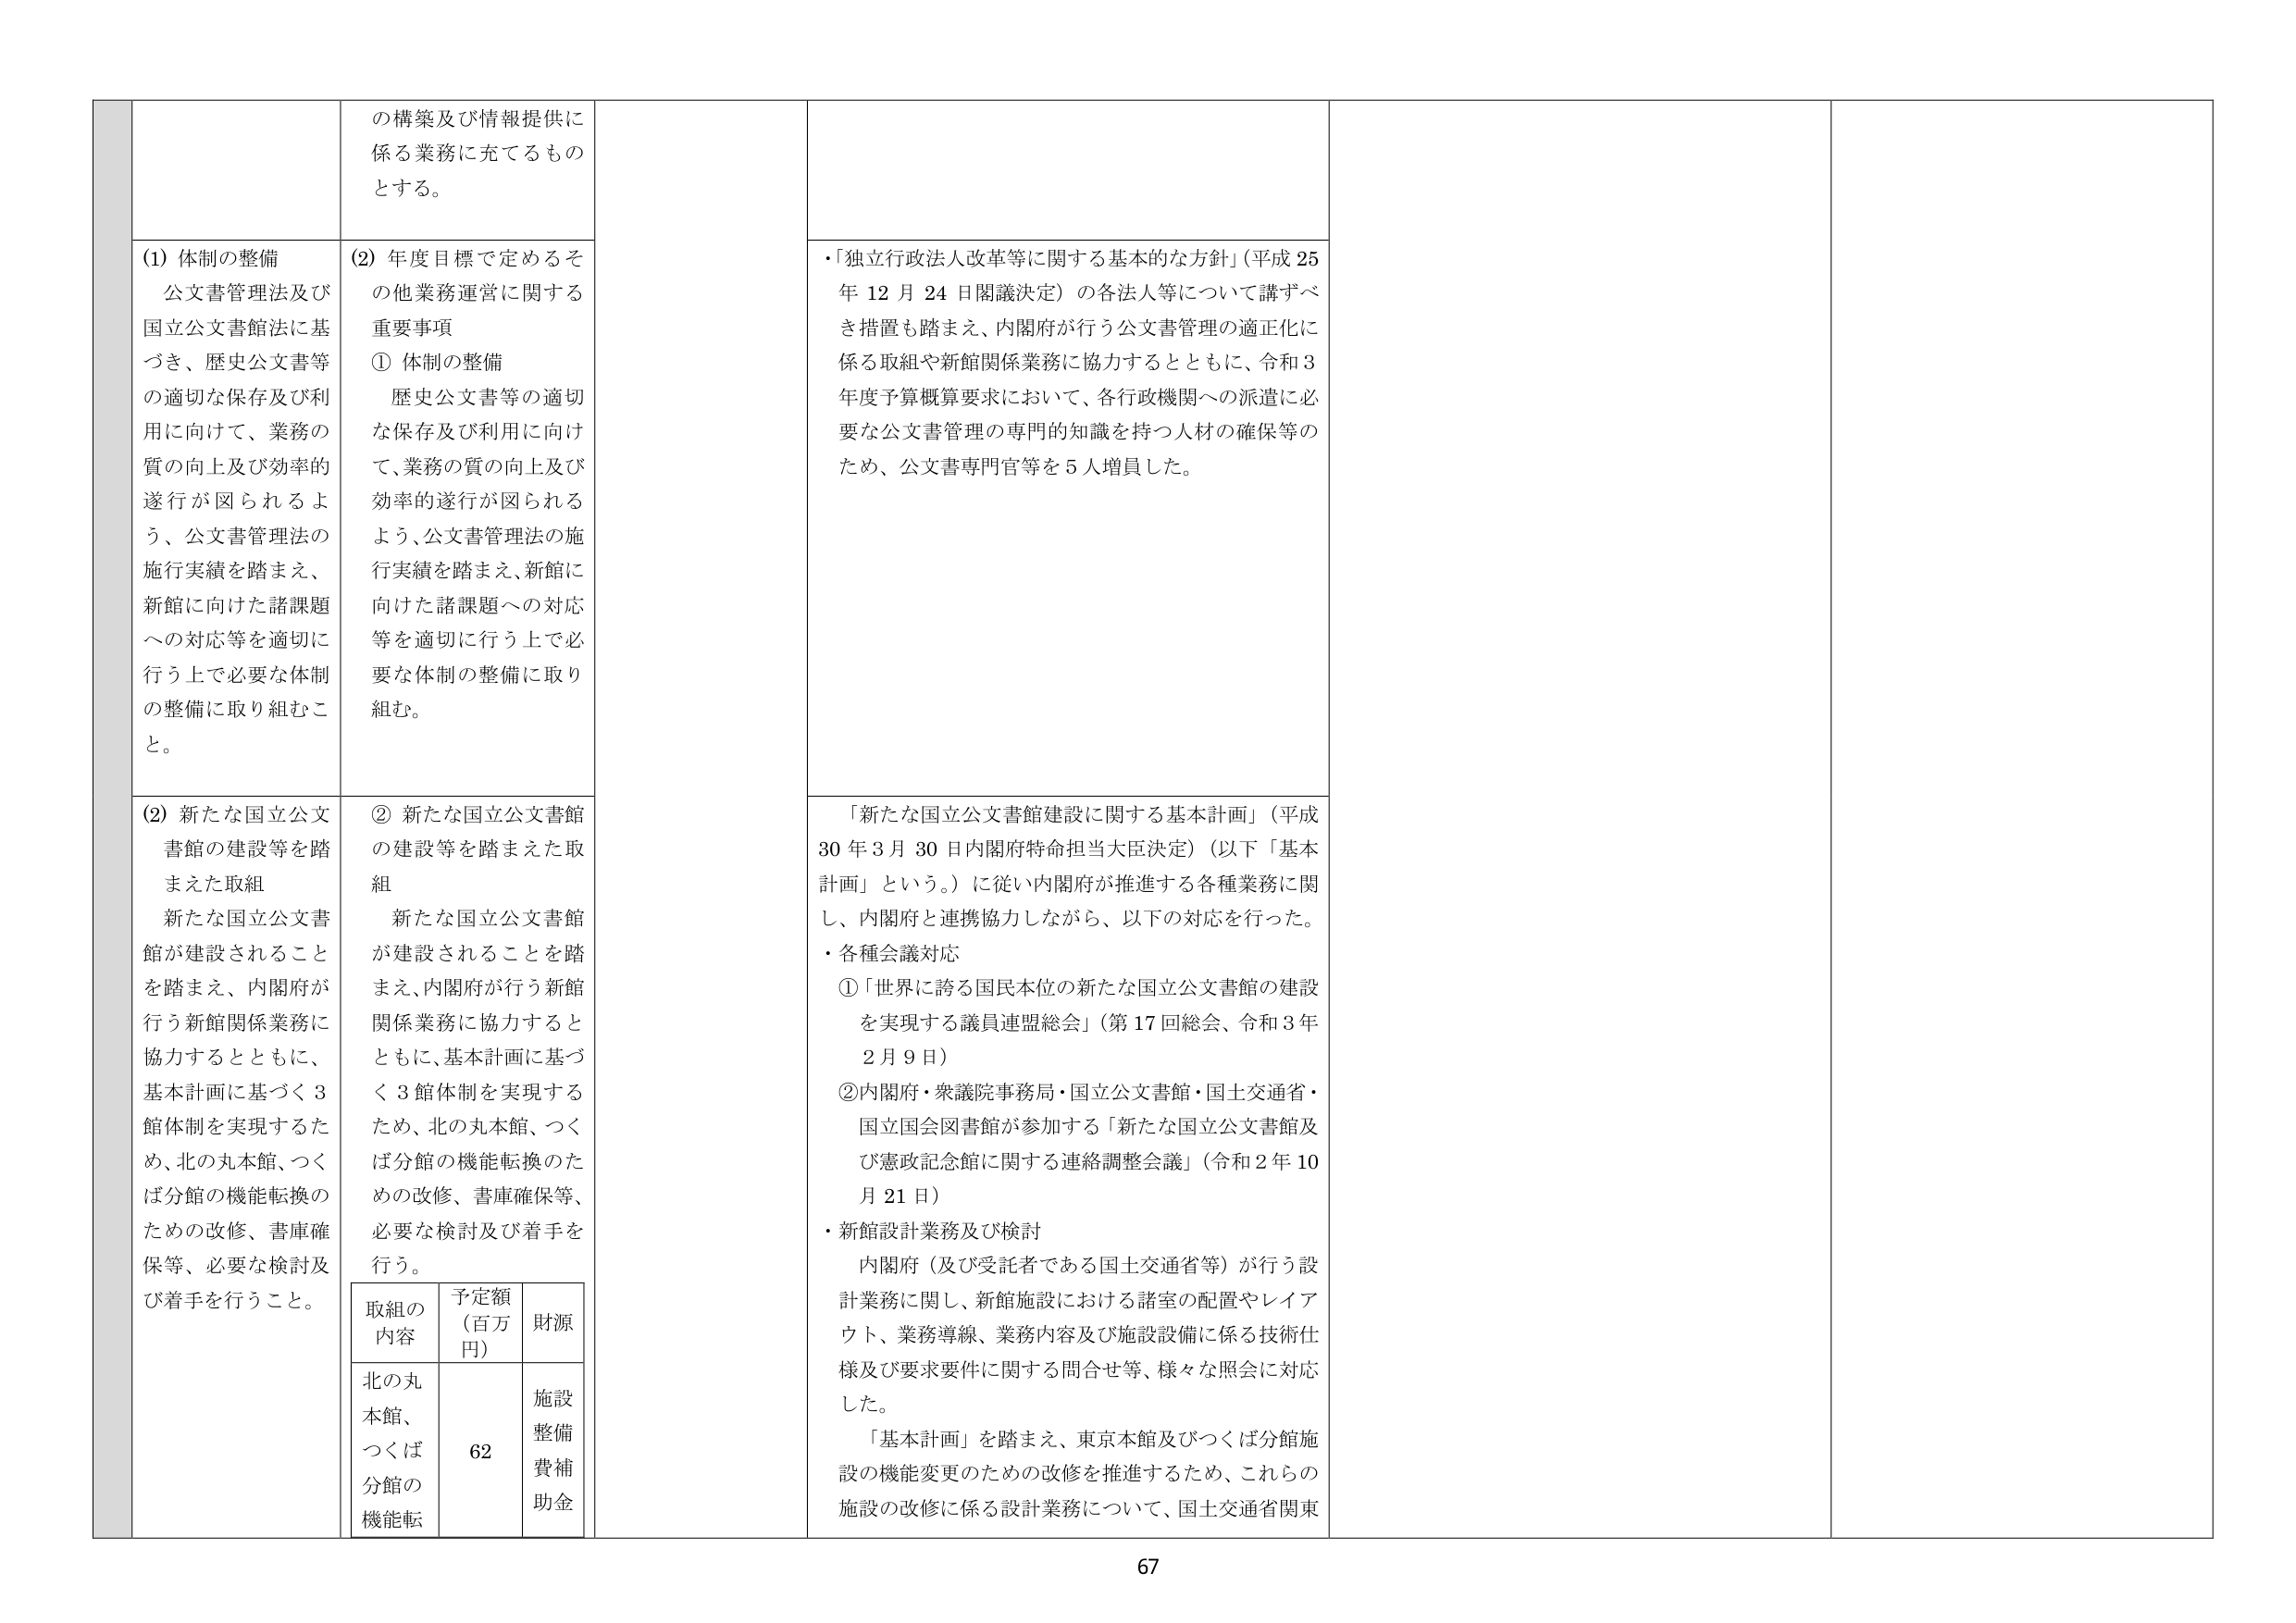
の構築及び情報提供に
係る業務に充てるもの
とする。

(1) 体制の整備
公文書管理法及び
国立公文書館法に基
づき、歴史公文書等
の適切な保存及び利
用に向けて、業務の
質の向上及び効率的
遂行が図られるよ
う、公文書管理法の
施行実績を踏まえ、
新館に向けた諸課題
への対応等を適切に
行う上で必要な体制
の整備に取り組むこ
と。

(2) 年度目標で定めるそ
の他業務運営に関する
重要事項
① 体制の整備
歴史公文書等の適切
な保存及び利用に向け
て、業務の質の向上及び
効率的遂行が図られる
よう、公文書管理法の施
行実績を踏まえ、新館に
向けた諸課題への対応
等を適切に行う上で必
要な体制の整備に取り
組む。

・「独立行政法人改革等に関する基本的な方針」（平成25
年12月24日閣議決定）の各法人等について講ずべ
き措置も踏まえ、内閣府が行う公文書管理の適正化に
係る取組や新館関係業務に協力するとともに、令和3
年度予算概算要求において、各行政機関への派遣に必
要な公文書管理の専門的知識を持つ人材の確保等の
ため、公文書専門官等を5人増員した。

(2) 新たな国立公文
書館の建設等を踏
まえた取組
新たな国立公文書
館が建設されること
を踏まえ、内閣府が
行う新館関係業務に
協力するとともに、
基本計画に基づく3
館体制を実現するた
め、北の丸本館、つく
ば分館の機能転換の
ための改修、書庫確
保等、必要な検討及
び着手を行うこと。

② 新たな国立公文書館
の建設等を踏まえた取
組
新たな国立公文書館
が建設されることを踏
まえ、内閣府が行う新館
関係業務に協力すると
ともに、基本計画に基づ
く3館体制を実現する
ため、北の丸本館、つく
ば分館の機能転換のた
めの改修、書庫確保等、
必要な検討及び着手を
行う。

「新たな国立公文書館建設に関する基本計画」（平成
30年3月30日内閣府特命担当大臣決定）（以下「基本
計画」という。）に従い内閣府が推進する各種業務に関
し、内閣府と連携協力しながら、以下の対応を行った。
・各種会議対応
①「世界に誇る国民本位の新たな国立公文書館の建設
を実現する議員連盟総会」（第17回総会、令和3年
2月9日）
②内閣府・衆議院事務局・国立公文書館・国土交通省・
国立国会図書館が参加する「新たな国立公文書館及
び憲政記念館に関する連絡調整会議」（令和2年10
月21日）
・新館設計業務及び検討
内閣府（及び受託者である国土交通省等）が行う設
計業務に関し、新館施設における諸室の配置やレイア
ウト、業務導線、業務内容及び施設設備に係る技術仕
様及び要求要件に関する問合せ等、様々な照会に対応
した。
「基本計画」を踏まえ、東京本館及びつくば分館施
設の機能変更のための改修を推進するため、これらの
施設の改修に係る設計業務について、国土交通省関東

取組の
内容
予定額
（百万
円）
財源
北の丸
本館、
つくば
分館の
機能転
62
施設
整備
費補
助金

67